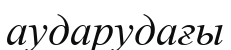
аударудағы